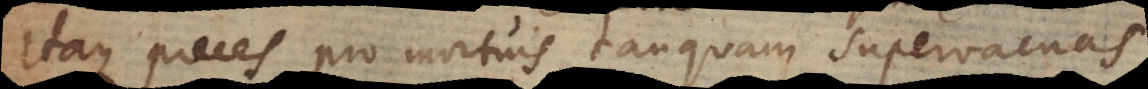
Itaque preces pro mortuis tanquam supervacuas